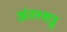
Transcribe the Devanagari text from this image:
अंतश्शत्रु